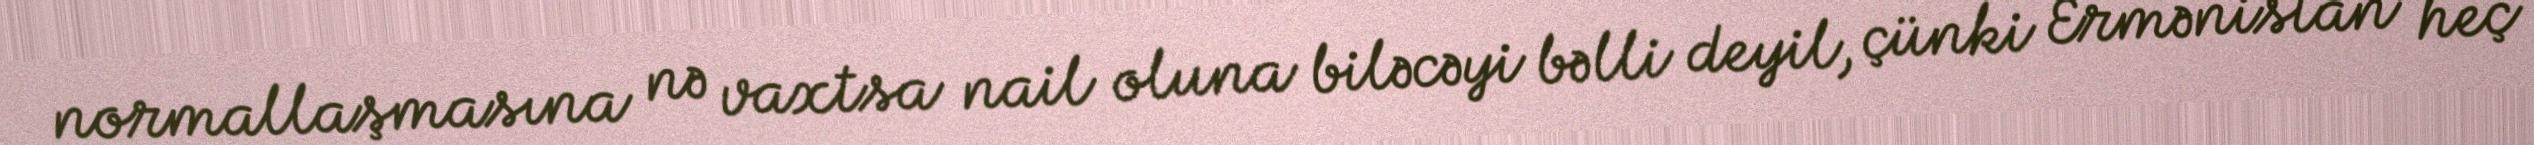
normallaşmasına nə vaxtsa nail oluna biləcəyi bəlli deyil, çünki Ermənistan heç